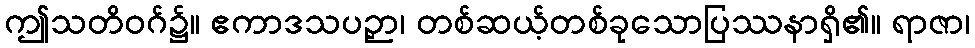
ဤသတိဝဂ်၌။ ဧကာဒသပဉှာ၊ တစ်ဆယ့်တစ်ခုသောပြဿနာရှိ၏။ ရာဇာ၊